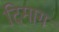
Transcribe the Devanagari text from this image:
दिमाग